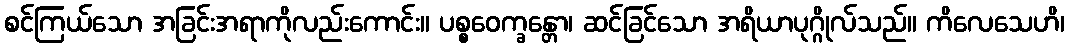
စင်ကြယ်သော အခြင်းအရာကိုလည်းကောင်း။ ပစ္စဝေက္ခန္တော၊ ဆင်ခြင်သော အရိယာပုဂ္ဂိုလ်သည်။ ကိလေသေဟိ၊